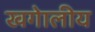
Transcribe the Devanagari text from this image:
खगेालीय